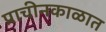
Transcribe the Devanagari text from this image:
प्राचीनकाळात